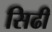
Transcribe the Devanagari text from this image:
सिढी